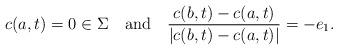
LaTeX: \begin{align*} c(a,t) = 0 \in \Sigma\ \ \mbox{ and } \ \ \frac{c(b,t)-c(a,t)}{|c(b,t)-c(a,t)|} = - e_1. \end{align*}